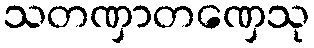
သတဏှာတဏှေသု